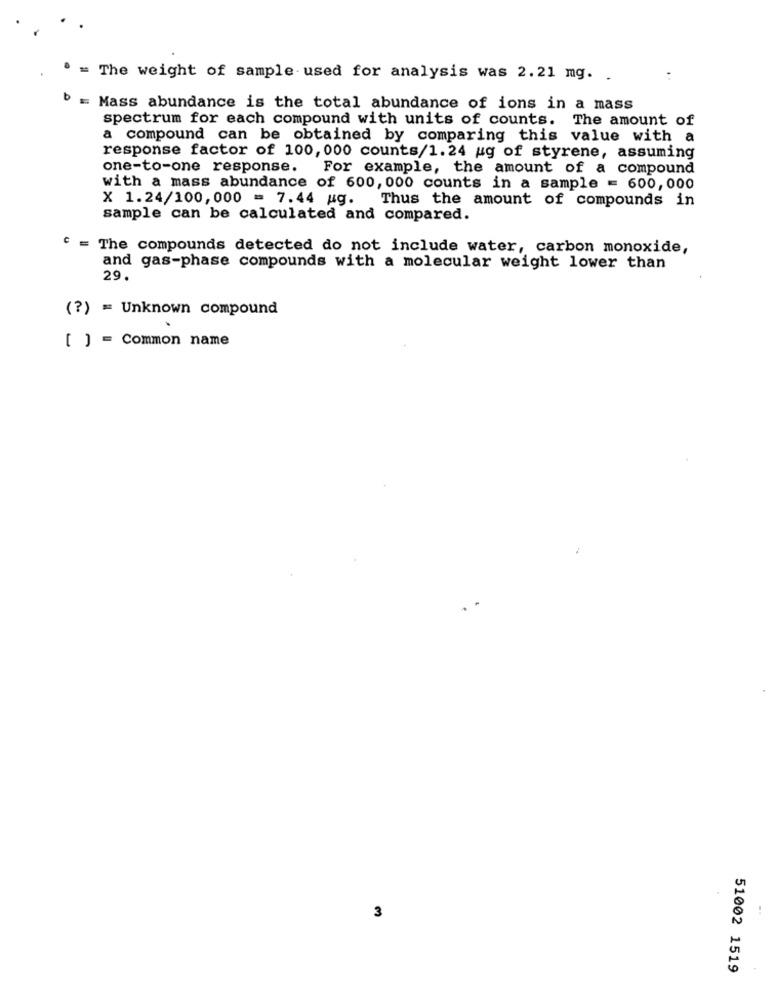
. = The weight of sample used for analysis was 2.21 mg. .
b
= Mass abundance is the total abundance of ions in a mass
spectrum for each compound with units of counts. The amount of
a compound can be obtained by comparing this value with a
response factor of 100, 000 counts/1.24 ug of styrene, assuming
one-to-one response.
For example, the amount of a compound
with a mass abundance of 600, 000 counts in a sample = 600,000
X 1.24/100,000 = 7.44 ug. Thus the amount of compounds in
sample can be calculated and compared.
= The compounds detected do not include water, carbon monoxide,
and gas-phase compounds with a molecular weight lower than
29.
(?) = Unknown compound
[ ] = Common name
3
51002 1519